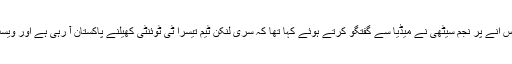
آئی سی سی اجلاس میں شرکت کے بعد وطن واپس آنے پر نجم سیٹھی نے میڈیا سے گفتگو کرتے ہوئے کہا تھا کہ سری لنکن ٹیم تیسرا ٹی ٹوئنٹی کھیلنے پاکستان آ رہی ہے اور ویسٹ انڈیز کی ٹیم بھی اگلے ماہ دورے پر آئے گی۔